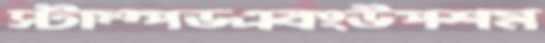
স্টাম্পডএবংউপশম